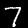
Digit: 7